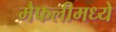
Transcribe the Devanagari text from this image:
मैफलीमध्ये